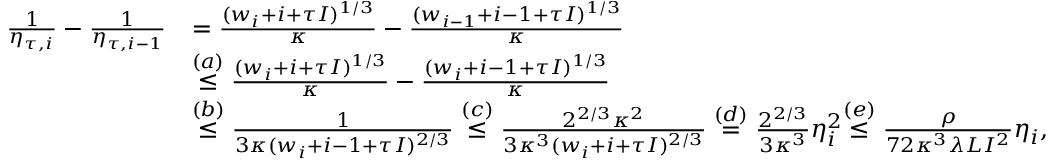
\begin{array} { r l } { \frac { 1 } { \eta _ { \tau , i } } - \frac { 1 } { \eta _ { \tau , i - 1 } } } & { = \frac { ( w _ { i } + i + \tau I ) ^ { 1 / 3 } } { \kappa } - \frac { ( w _ { i - 1 } + i - 1 + \tau I ) ^ { 1 / 3 } } { \kappa } } \\ & { \overset { ( a ) } { \leq } \frac { ( w _ { i } + i + \tau I ) ^ { 1 / 3 } } { \kappa } - \frac { ( w _ { i } + i - 1 + \tau I ) ^ { 1 / 3 } } { \kappa } } \\ & { \overset { ( b ) } { \leq } \frac { 1 } { 3 \kappa ( w _ { i } + i - 1 + \tau I ) ^ { 2 / 3 } } \overset { ( c ) } { \leq } \frac { 2 ^ { 2 / 3 } \kappa ^ { 2 } } { 3 \kappa ^ { 3 } ( w _ { i } + i + \tau I ) ^ { 2 / 3 } } \overset { ( d ) } { = } \frac { 2 ^ { 2 / 3 } } { 3 \kappa ^ { 3 } } \eta _ { i } ^ { 2 } { \overset { ( e ) } { \leq } \frac { \rho } { 7 2 \kappa ^ { 3 } \lambda L I ^ { 2 } } \eta _ { i } , } } \end{array}